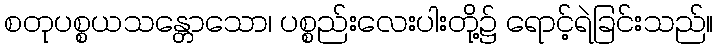
စတုပစ္စယသန္တောသော၊ ပစ္စည်းလေးပါးတို့၌ ရောင့်ရဲခြင်းသည်။